画像に写った文字を読んでください
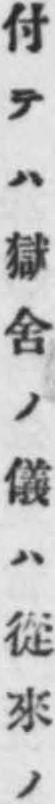
「付テハ獄舎ノ儀ハ從來ノ」と書いてあります